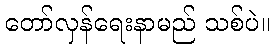
တော်လှန်ရေးနာမည် သစ်ပဲ။